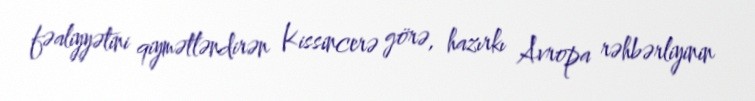
fəaliyyətini qiymətləndirən Kissincerə görə, hazırkı Avropa rəhbərliyinin